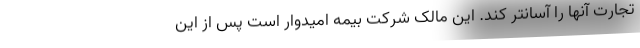
تجارت آنها را آسانتر کند. این مالک شرکت بیمه امیدوار است پس از این